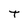
Character: T